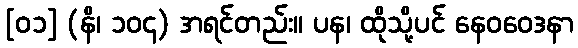
[၀၁] (နိ၊ ၁၀၄) အရင်တည်း။ ပန၊ ထိုသို့ပင် နေဝဝေဒနာ